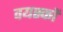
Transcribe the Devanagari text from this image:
वयस्‍कों